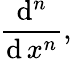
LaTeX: {\frac{\operatorname{d}^{n}}{\operatorname{d}x^{n}}},